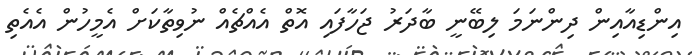
އިންޑިއާއިން ދިންނަމަ ލިބޭނީ ބާދަރު ޖަހާފައި އޮތް އެއްޗެއް ނުވިތާކަށް އެމީހުން އެއެތި